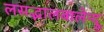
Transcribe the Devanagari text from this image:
लसद्भालबालेन्दु